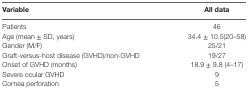
<table><thead><tr><td><b>Variable</b></td><td><b>All data</b></td></tr></thead><tbody><tr><td>Patients</td><td>46</td></tr><tr><td>Age (mean ± SD, years)</td><td>34.4 ± 10.5(20–58)</td></tr><tr><td>Gender (M/F)</td><td>25/21</td></tr><tr><td>Graft-versus-host disease (GVHD)/non-GVHD</td><td>19/27</td></tr><tr><td>Onset of GVHD (months)</td><td>18.9 ± 9.8 (4–17)</td></tr><tr><td>Severe ocular GVHD</td><td>9</td></tr><tr><td>Cornea perforation</td><td>5</td></tr></tbody></table>